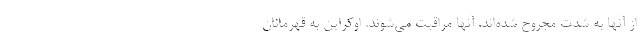
از آنها به شدت مجروح شده‌اند. آنها مراقبت می‌شوند. اوکراین به قهرمانان